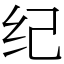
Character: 纪